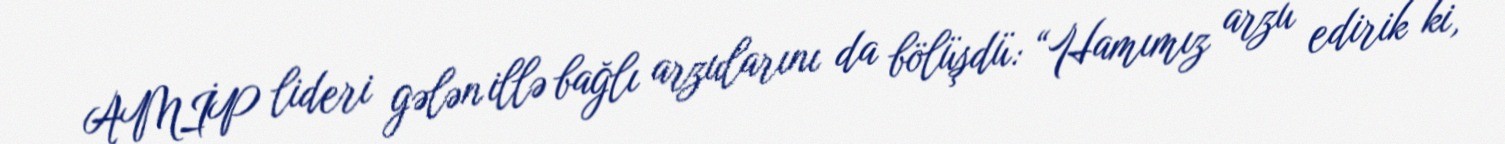
AMİP lideri gələn illə bağlı arzularını da bölüşdü: “Hamımız arzu edirik ki,